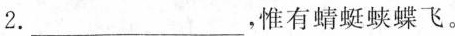
2.___，惟有蜻蜓蛱蝶飞。